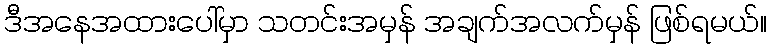
ဒီအနေအထားပေါ်မှာ သတင်းအမှန် အချက်အလက်မှန် ဖြစ်ရမယ်။